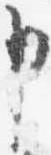
申